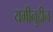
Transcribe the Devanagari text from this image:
यमीनुद्दीन